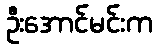
ဦးအောင်မင်းက